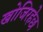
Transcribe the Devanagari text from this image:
खोजिरहेछ